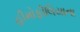
હીમોફીલિયાના